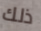
ذلك